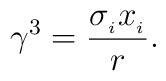
\gamma^{3}=\frac{\sigma_{_{i}}x_{_{i}}}{r}.